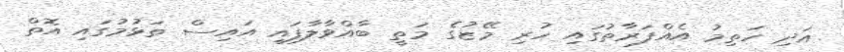
އަދި ހަތިމު އެއްފަރާތުގައި ހުރި މޭޒުގެ މަތީ ބާއްވާލާފައި އައިސް ތަޅުމުގައި އޮތް